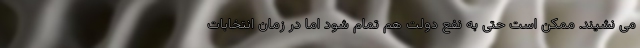
می نشیند. ممکن است حتی به نفع دولت هم تمام شود اما در زمان انتخابات